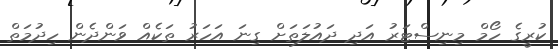
ކުރީގެ ހޯމް މިނިސްޓަރު އަދި ދައުލަތަށް ގިނަ އަހަރު ތަކެއް ވަންދެން ހިދުމަތް